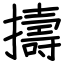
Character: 擣